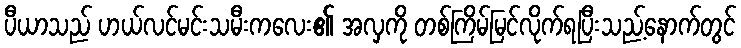
ပီယာသည် ဟယ်လင်မင်းသမီးကလေး၏ အလှကို တစ်ကြိမ်မြင်လိုက်ရပြီးသည့်နောက်တွင်